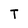
Character: T